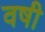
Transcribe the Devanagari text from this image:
वषी